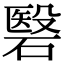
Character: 䃜